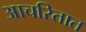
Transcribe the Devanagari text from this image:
आचरितात